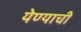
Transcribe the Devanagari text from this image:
येण्‍याची